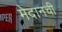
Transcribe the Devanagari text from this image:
मेदानची